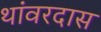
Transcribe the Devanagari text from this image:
थांवरदास